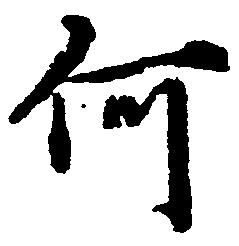
何